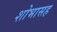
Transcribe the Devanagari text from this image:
शोभासह